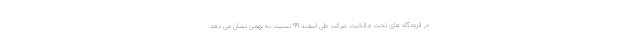
در فرودگاه های تحت مالکیت شرکت طی اسفند ۹۹ نسبت به بهمن نشان می دهد